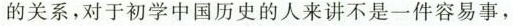
的关系，对于初学中国历史的人来讲不是一件容易事，